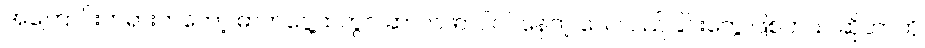
အကြောင်းတရားကတော့ ဓာတ်ငွေ့ထဲတွင် ဆာလ်ဖာ ပါဝင်နေတဲ့ လေလည်ခြင်းတွေ ဖြစ်တယ် ဆိုတာကို